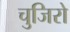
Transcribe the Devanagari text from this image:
चुजिरो